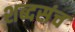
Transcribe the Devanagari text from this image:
शब्दसंच